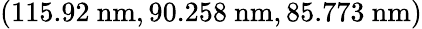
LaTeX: (115.92\ \mathrm{nm},90.258\ \mathrm{nm},85.773\ \mathrm{nm})